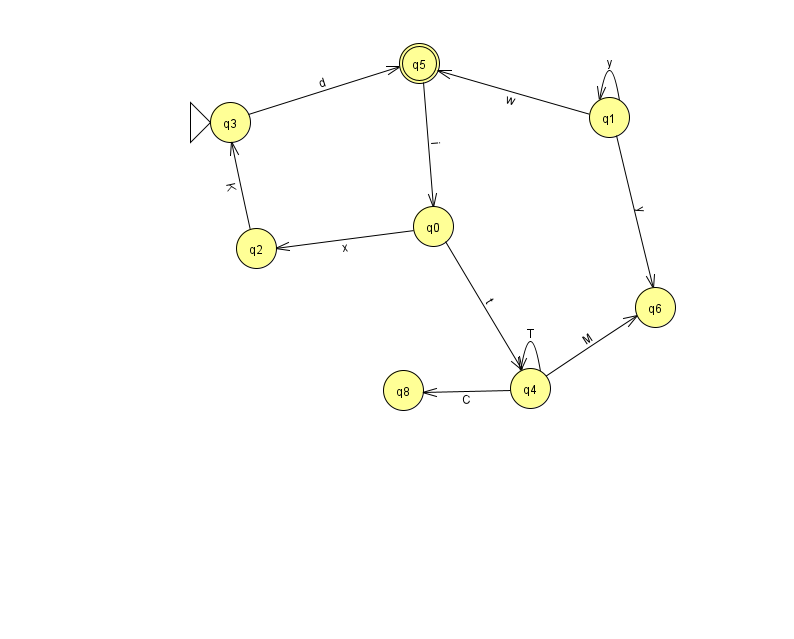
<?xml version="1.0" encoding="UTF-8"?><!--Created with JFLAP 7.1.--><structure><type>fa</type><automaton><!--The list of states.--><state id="0" name="q0"><x>433.0</x><y>213.0</y></state><state id="1" name="q1"><x>609.0</x><y>104.0</y></state><state id="2" name="q2"><x>256.0</x><y>235.0</y></state><state id="3" name="q3"><x>230.0</x><y>109.0</y><initial/></state><state id="4" name="q4"><x>530.0</x><y>375.0</y></state><state id="5" name="q5"><x>419.0</x><y>50.0</y><final/></state><state id="6" name="q6"><x>655.0</x><y>294.0</y></state><state id="8" name="q8"><x>403.0</x><y>377.0</y></state><!--The list of transitions.--><transition><from>4</from><to>6</to><read>M</read></transition><transition><from>5</from><to>0</to><read>i</read></transition><transition><from>4</from><to>4</to><read>T</read></transition><transition><from>4</from><to>8</to><read>C</read></transition><transition><from>1</from><to>1</to><read>y</read></transition><transition><from>2</from><to>3</to><read>K</read></transition><transition><from>0</from><to>2</to><read>x</read></transition><transition><from>0</from><to>4</to><read>t</read></transition><transition><from>1</from><to>6</to><read>y</read></transition><transition><from>3</from><to>5</to><read>d</read></transition><transition><from>1</from><to>5</to><read>w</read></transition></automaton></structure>